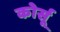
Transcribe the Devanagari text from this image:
कोर्सू